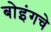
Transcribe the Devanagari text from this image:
बोइंगचे